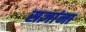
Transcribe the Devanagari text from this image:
सज्ञांना